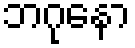
ဘဂုနော